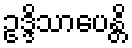
ဥဒ္ဒိသာပေန္တိ